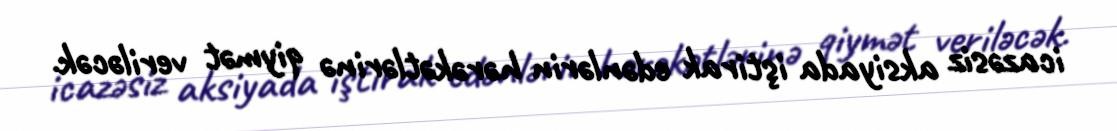
icazəsiz aksiyada iştirak edənlərin hərəkətlərinə qiymət veriləcək.